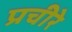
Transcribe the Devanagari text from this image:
प्रचीरे